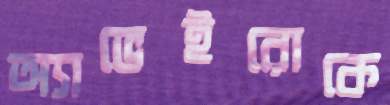
অ্যাভেইরোকে